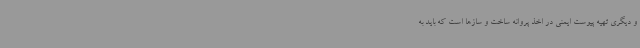
و دیگری تهیه پیوست ایمنی در اخذ پروانه ساخت و سازها است که باید به